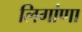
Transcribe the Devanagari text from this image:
लिगांणा